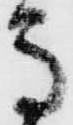
馬